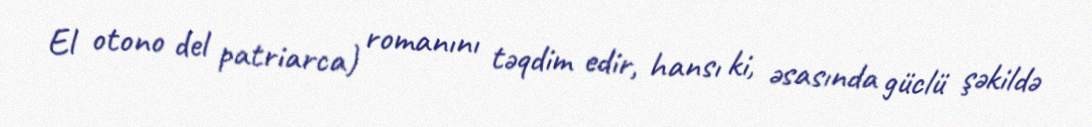
El otono del patriarca) romanını təqdim edir, hansı ki, əsasında güclü şəkildə